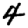
Digit: 4